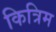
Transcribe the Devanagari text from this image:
कित्रिम